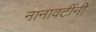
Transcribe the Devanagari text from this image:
नानावटींनी